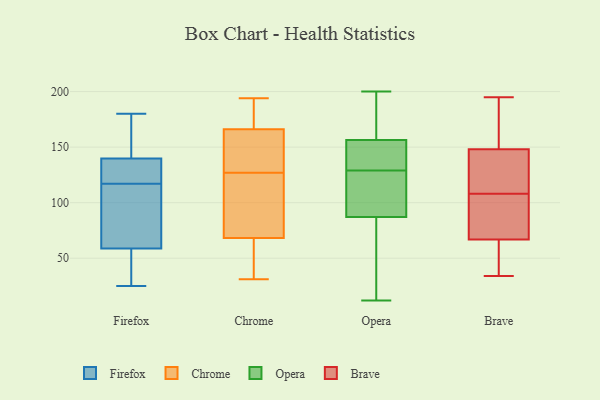
{"axis": {"x": "Churn Rate (%)", "y": "Value"}, "legend": ["Brave", "Chrome", "Firefox", "Opera"], "data": [{"x": "", "y": 162, "type": "Firefox"}, {"x": "", "y": 129, "type": "Firefox"}, {"x": "", "y": 143, "type": "Firefox"}, {"x": "", "y": 180, "type": "Firefox"}, {"x": "", "y": 74, "type": "Firefox"}, {"x": "", "y": 140, "type": "Firefox"}, {"x": "", "y": 176, "type": "Firefox"}, {"x": "", "y": 117, "type": "Firefox"}, {"x": "", "y": 139, "type": "Firefox"}, {"x": "", "y": 37, "type": "Firefox"}, {"x": "", "y": 42, "type": "Firefox"}, {"x": "", "y": 138, "type": "Firefox"}, {"x": "", "y": 58, "type": "Firefox"}, {"x": "", "y": 117, "type": "Firefox"}, {"x": "", "y": 61, "type": "Firefox"}, {"x": "", "y": 88, "type": "Firefox"}, {"x": "", "y": 38, "type": "Firefox"}, {"x": "", "y": 116, "type": "Firefox"}, {"x": "", "y": 25, "type": "Firefox"}, {"x": "", "y": 41, "type": "Chrome"}, {"x": "", "y": 145, "type": "Chrome"}, {"x": "", "y": 32, "type": "Chrome"}, {"x": "", "y": 156, "type": "Chrome"}, {"x": "", "y": 160, "type": "Chrome"}, {"x": "", "y": 127, "type": "Chrome"}, {"x": "", "y": 180, "type": "Chrome"}, {"x": "", "y": 168, "type": "Chrome"}, {"x": "", "y": 194, "type": "Chrome"}, {"x": "", "y": 87, "type": "Chrome"}, {"x": "", "y": 31, "type": "Chrome"}, {"x": "", "y": 114, "type": "Chrome"}, {"x": "", "y": 100, "type": "Chrome"}, {"x": "", "y": 188, "type": "Chrome"}, {"x": "", "y": 62, "type": "Chrome"}, {"x": "", "y": 12, "type": "Opera"}, {"x": "", "y": 131, "type": "Opera"}, {"x": "", "y": 123, "type": "Opera"}, {"x": "", "y": 200, "type": "Opera"}, {"x": "", "y": 159, "type": "Opera"}, {"x": "", "y": 143, "type": "Opera"}, {"x": "", "y": 156, "type": "Opera"}, {"x": "", "y": 182, "type": "Opera"}, {"x": "", "y": 172, "type": "Opera"}, {"x": "", "y": 157, "type": "Opera"}, {"x": "", "y": 156, "type": "Opera"}, {"x": "", "y": 38, "type": "Opera"}, {"x": "", "y": 109, "type": "Opera"}, {"x": "", "y": 93, "type": "Opera"}, {"x": "", "y": 114, "type": "Opera"}, {"x": "", "y": 44, "type": "Opera"}, {"x": "", "y": 127, "type": "Opera"}, {"x": "", "y": 77, "type": "Opera"}, {"x": "", "y": 81, "type": "Opera"}, {"x": "", "y": 132, "type": "Opera"}, {"x": "", "y": 65, "type": "Brave"}, {"x": "", "y": 150, "type": "Brave"}, {"x": "", "y": 195, "type": "Brave"}, {"x": "", "y": 132, "type": "Brave"}, {"x": "", "y": 88, "type": "Brave"}, {"x": "", "y": 108, "type": "Brave"}, {"x": "", "y": 165, "type": "Brave"}, {"x": "", "y": 140, "type": "Brave"}, {"x": "", "y": 72, "type": "Brave"}, {"x": "", "y": 94, "type": "Brave"}, {"x": "", "y": 51, "type": "Brave"}, {"x": "", "y": 40, "type": "Brave"}, {"x": "", "y": 142, "type": "Brave"}, {"x": "", "y": 156, "type": "Brave"}, {"x": "", "y": 34, "type": "Brave"}]}